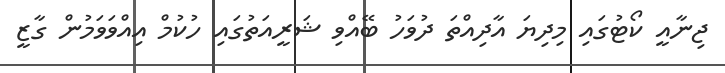
ޖިނާއީ ކޯޓުގައި މިދިޔަ އާދިއްތަ ދުވަހު ބޭއްވި ޝަރީއަތުގައި ހުކުމް އިއްވަވަމުން ގާޒީ